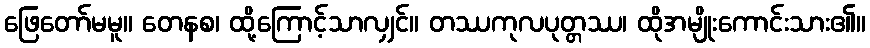
ဖြေတော်မမူ။ တေနစ၊ ထို့ကြောင့်သာလျှင်။ တဿကုလပုတ္တဿ၊ ထိုအမျိုးကောင်းသား၏။